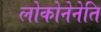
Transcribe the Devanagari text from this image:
लोकोनेनेति